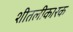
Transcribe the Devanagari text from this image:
शीतलीकारक